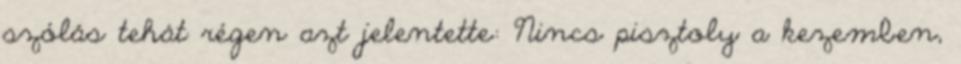
szólás tehát régen azt jelentette: Nincs pisztoly a kezemben,